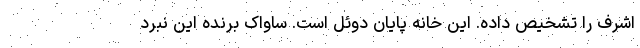
اشرف را تشخیص داده. این خانه پایان دوئل است. ساواک برنده این نبرد